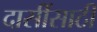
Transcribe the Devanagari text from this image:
दासींसाठी